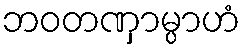
ဘဝတဏှာမ္ပာဟံ